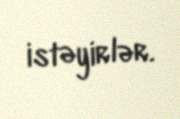
istəyirlər.